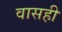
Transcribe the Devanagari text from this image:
वासही